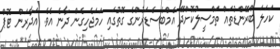
ކަހަލަ ބްރޭންޑުތައް ތަމްސީލުކޮށްދޭ އެމްބެސެޑަރުންގެ ގޮތުގައި ހަމަޖެހިގެން ދާނެ އެވެ. އަދާރަން ޓޮޕް